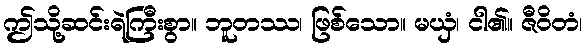
ဤသို့ဆင်းရဲကြီးစွာ။ ဘူတဿ၊ ဖြစ်သော။ မယှံ၊ ငါ၏။ ဇီဝိတံ၊